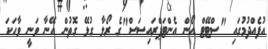
އުފެއްދުމުގައި "ސްޓޭޓް އޯން އެންޓަޕްރައިސަސް"ގެ ރޯލާ ގުޅޭ ގޮތުން އޭނާ ވަނީ ވާހަކަ